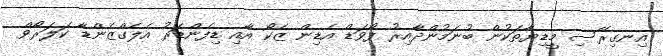
އިނގިރޭސި މީޑިޔާތަކުން ބުނަމުންދާއިރު ފޯވަޑް އެޑިން ޒެކޯ އާއި ޑިފެންޑަރު އެލެގްޒެންޑާ ކަލަރޯވް